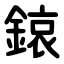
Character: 鎄